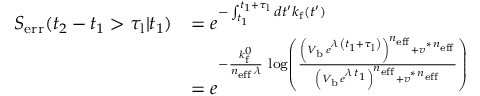
\begin{array} { r l } { S _ { \mathrm { e r r } } ( t _ { 2 } - t _ { 1 } > \tau _ { \mathrm { l } } | t _ { 1 } ) } & { = e ^ { - \int _ { t _ { 1 } } ^ { t _ { 1 } + \tau _ { \mathrm { l } } } d t ^ { \prime } k _ { \mathrm { f } } ( t ^ { \prime } ) } } \\ & { = e ^ { - \frac { k _ { \mathrm { f } } ^ { 0 } } { n _ { \mathrm { e f f } } \, \lambda } \, \log \left( \frac { \left( V _ { \mathrm { b } } \, e ^ { \lambda \, \left( t _ { 1 } + \tau _ { \mathrm { l } } \right) } \right) ^ { n _ { \mathrm { e f f } } } + v ^ { \ast \, n _ { \mathrm { e f f } } } } { \left( V _ { \mathrm { b } } \, e ^ { \lambda \, t _ { 1 } } \right) ^ { n _ { \mathrm { e f f } } } + v ^ { \ast \, n _ { \mathrm { e f f } } } } \right) } } \end{array}